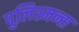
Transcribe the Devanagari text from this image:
पुलिस्मन्स